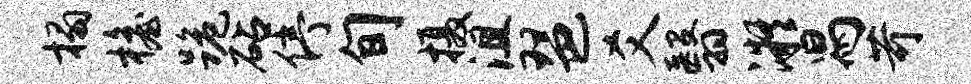
榻檐跪砧停旬摄沮琶爻翳凝舄苛